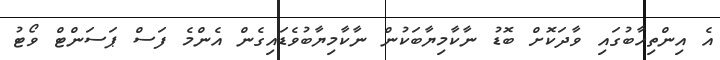
އެ އިންތިހާބުގައި ވާދަކޮށް ބޮޑު ނާކާމިޔާބަކުން ނާކާމިޔާބުވެޑައިގެން އެންމެ ފަސް ޕަސަންޓް ވޯޓު